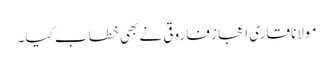
مولانا قاری اعجاز فاروقی نے بھی خطاب کیا۔